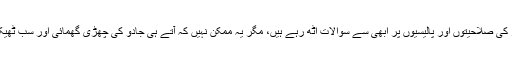
اسد عمر کی صلاحیتوں اور پالیسیوں پر ابھی سے سوالات اٹھ رہے ہیں، مگر یہ ممکن نہیں کہ آتے ہی جادو کی چھڑی گھمائی اور سب ٹھیک ہوگیا۔